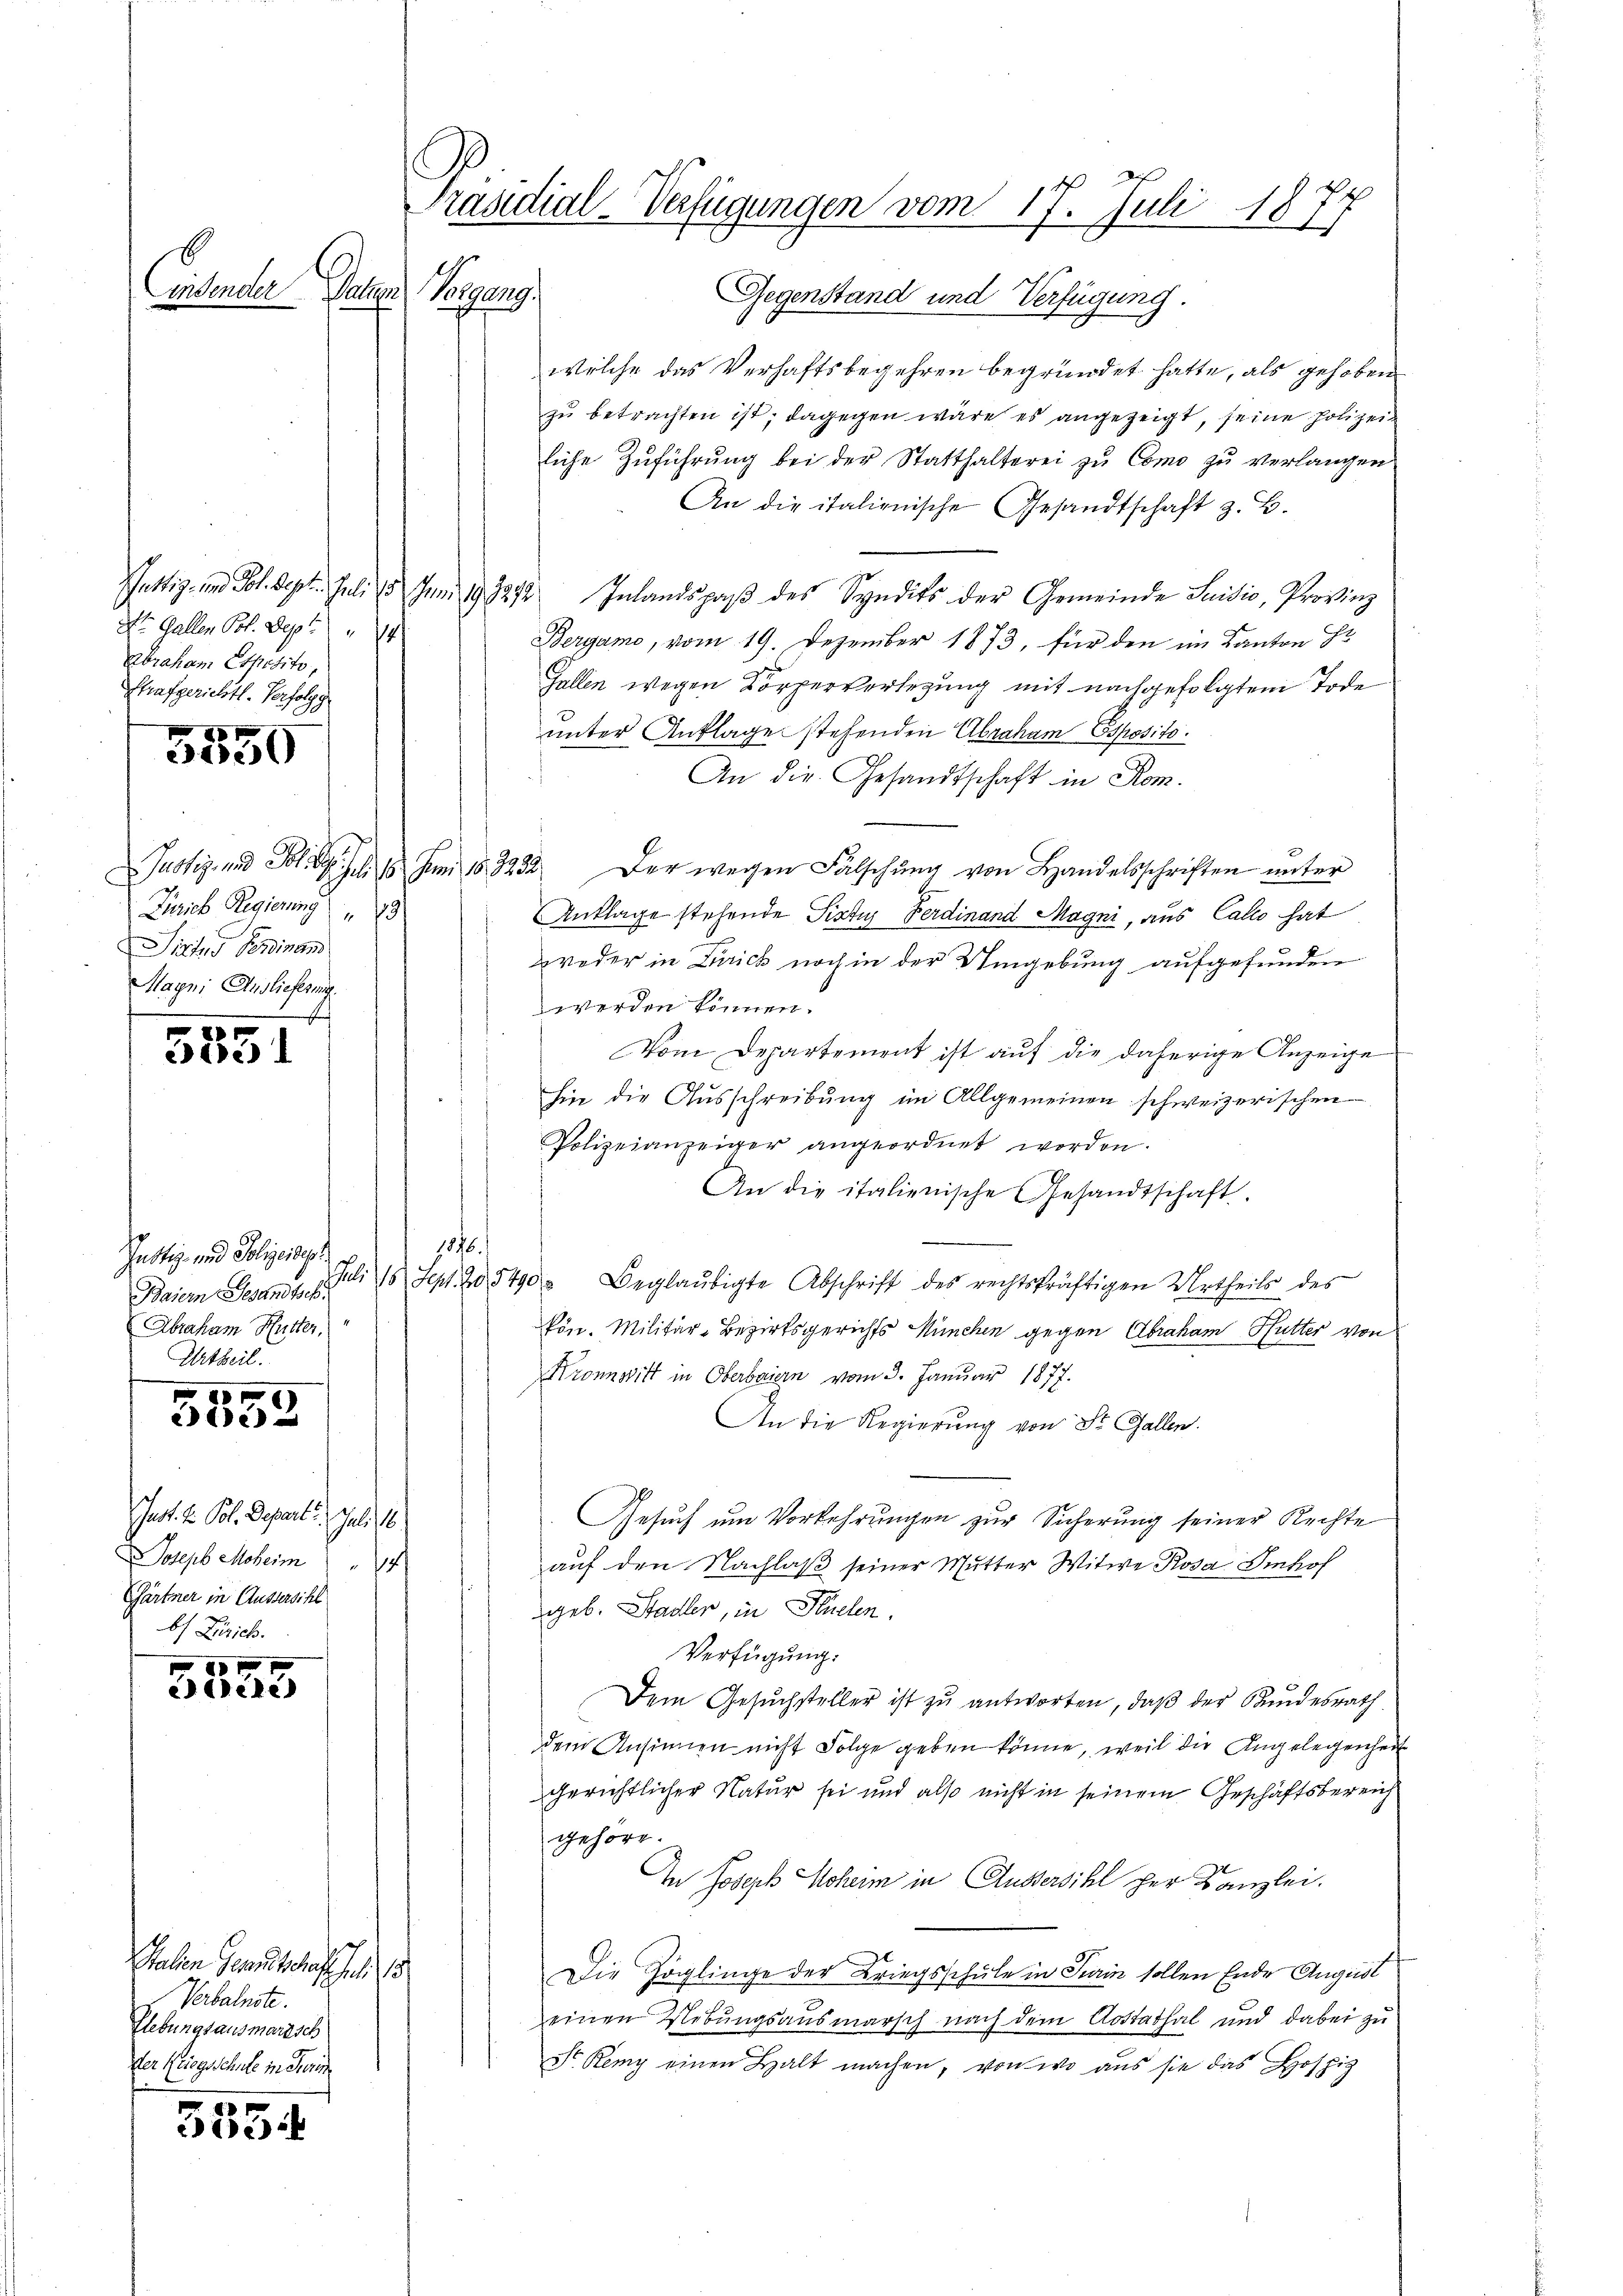
E

St. Gallen Pot. Sept. 14
Abraham Esposito,
Strafgerichtl. Verfolgg

XII
1120

notiz und Platzes 18. Juni 18. 3333.
Zürich Regierung " " 23
Sirfes Bereinan
Mayni Auslieferung

5551

Justiz- und Polizeidigt
s
Baiern Gesandtsch.
Abraham Hutter,
Urtheil.

303

not. V. Pol. Depart. Juli 16.
Joseph Moheim " 14
Gärtner in Aussersihl
b Zürich.

x
eele

Malen Gesandtschaffen s
Verbalnote.
Elebungsausmarisch
der Kriegsschule in Feri

333.

s
Präsidial-Verfügungen vom 17. Juli 1877
Lindender Satten Vergang.
Gegenstand und Verfügung.

welche das Verhaftsbegehren begründet hatte, als gehoben
zu betrachten ist; dagegen wäre es angezeigt, seine Polizeiliche Zuführung bei der Statthalterei zu Como zu verlangen.
An die italienische Gesandtschaft z. B.
Puttiz- und Joh. Sept. Juli 18. Juni 193272 Inlandspaβ des Syndits der Gemeinde Suidio, Provinz
Bergame, vom 19. Dezember 1873, für den im Kanton Fr
Gallen wegen Körperverlegung mit nachgefolgtem Tode
unter Anklage stehenden Abraham sposito.
An die Gesandtschaft in Rom.
Der wegen Fälschung von Handelsschriften unter
Anklage stehende Sistig Ferdinand Magni, aus Callo hat
weder in Zürich noch in der Umgebung aufgefunden
werden können.
Vom Departement ist auf die daherige Anzeige
hin die Ausschreibung im Allgemeinen schweizerischen
Polizeianzeiger angeordnet worden.
An die italienische Gesandtschaft.
1876.
Sept. 205490 Beglaŭbigte Abschrift des rechtskräftigen Urtheils des
kön. Militär-Bezirksgerichts München gegen Abraham Hutter von
Kronnwitt in Oberbaiern vom 3. Januar 1877.
An die Regierung von St. Gallen.
Gesuch um Vorkehrungen zur Sicherung seiner Rechte
auf den Nachlaß seiner Mutter Witwe Rosa Imhof
geb. Stadler, in Flüelen.
Verfügung:
Dem Gesuchsteller ist zu antworten, daß der Kundesrath
dem Ansinnen nicht Folge geben könne, weil die Angelegenheit
gerichtlicher Natur sei und also nicht in seinem Geschäftsbereich
gehöre.
In Joseph Hoheim in Aussersihl her Kanzlei.
Die Zöglinge der Kriegsschule in Turin sollen Ende August
einen Uebungsausmarsch nach dem Aostathal und dabei zu
Dr. Remy einen Halt machen, von wo aus sie das Hospiz